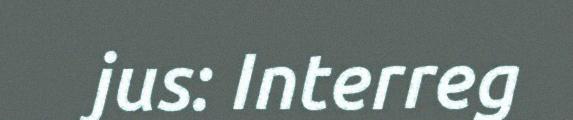
jus: Interreg